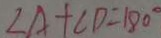
\angle A + \angle D = 1 8 0 ^ { \circ }